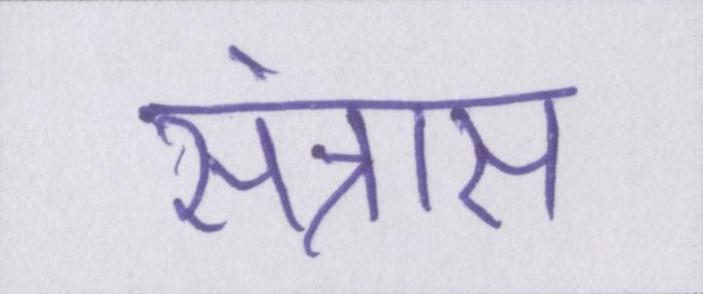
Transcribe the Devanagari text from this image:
संत्रास